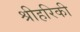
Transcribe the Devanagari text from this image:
श्रीहरिकी